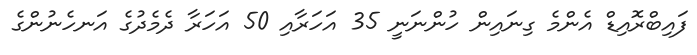
ފައިބްރޮއިޑް އެންމެ ގިނައިން ހުންނަނީ 35 އަހަރާއި 50 އަހަރާ ދެމެދުގެ އަނހެނުންގެ